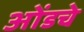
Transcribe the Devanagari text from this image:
ओंडचे